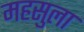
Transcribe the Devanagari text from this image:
महसुला